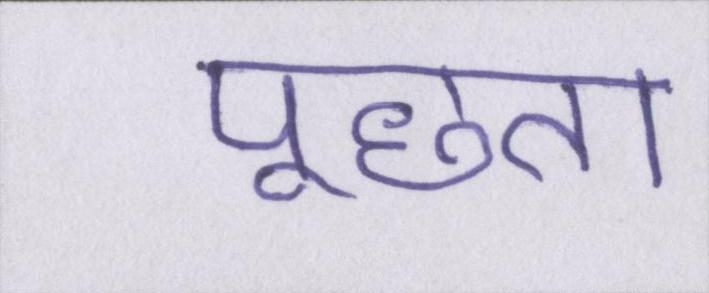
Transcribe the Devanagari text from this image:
पूछता